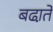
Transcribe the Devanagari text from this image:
बढा़ते